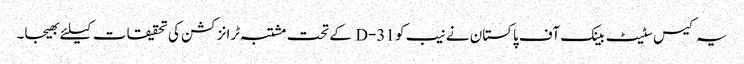
یہ کیس سٹیٹ بینک آف پاکستان نے نیب کو 31-D کے تحت مشتبہ ٹرانزکشن کی تحقیقات کیلئے بھیجا۔